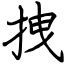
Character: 拽